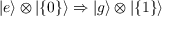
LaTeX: | e \rangle \otimes | \{ 0 \} \rangle \Rightarrow | g \rangle \otimes | \{ 1 \} \rangle